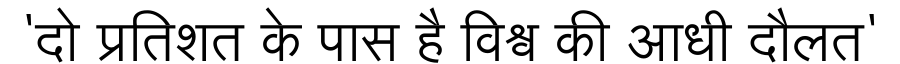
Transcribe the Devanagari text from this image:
'दो प्रतिशत के पास है विश्व की आधी दौलत'